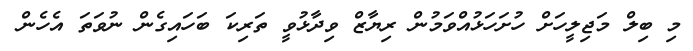
މި ބިލް މަޖިލީހަށް ހުށަހަޅުއްވަމުން ރިޔާޒް ވިދާޅުވީ ތަރިކަ ބަހައިގެން ނުވަތަ އެހެން